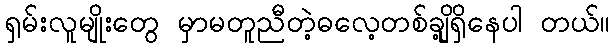
ရှမ်းလူမျိုးတွေ မှာမတူညီတဲ့ဓလေ့တစ်ချို့ရှိနေပါ တယ်။